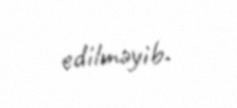
edilməyib.